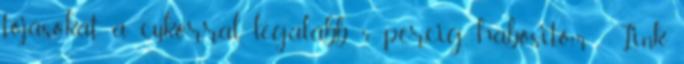
tojásokat a cukorral legalább 5 percig habositom . Link